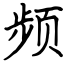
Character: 频